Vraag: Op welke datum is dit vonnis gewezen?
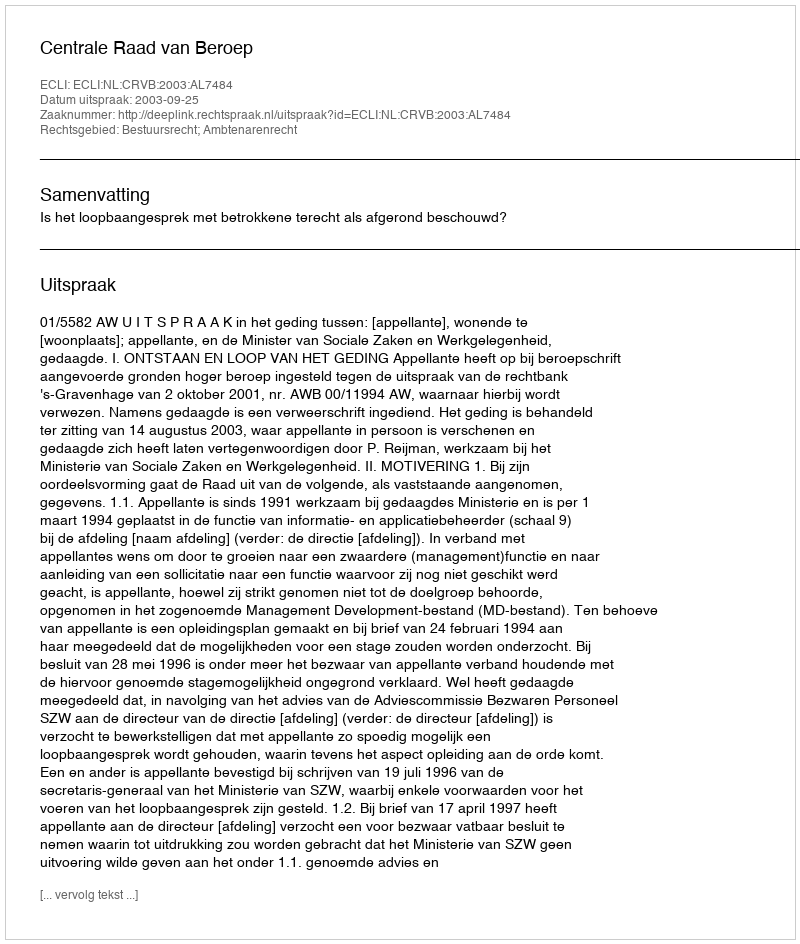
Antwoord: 2003-09-25